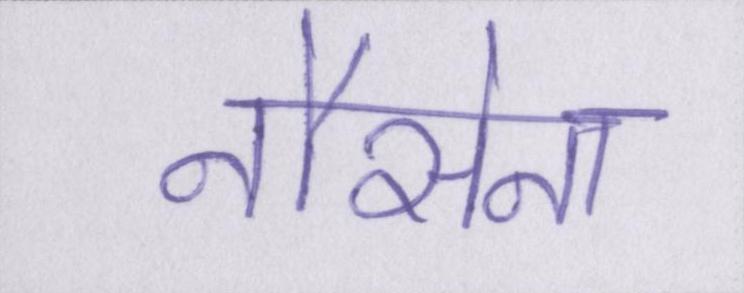
नौसेना